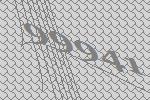
99941